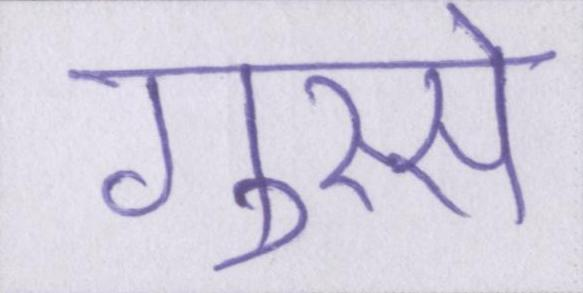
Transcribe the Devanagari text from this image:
गुस्से